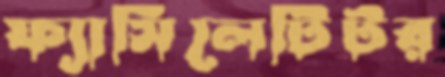
ফ্যাসিলেটিটর